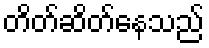
တိတ်ဆိတ်နေသည်